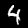
Digit: 4